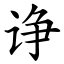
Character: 诤